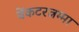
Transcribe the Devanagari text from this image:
वेंकटरत्नम्मा